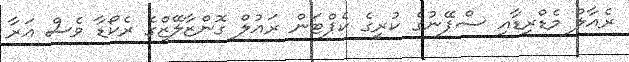
ރެއާލް މެޑްރިޑާއި ސްޕޭނުގެ ކުރީގެ ކެޕްޓަން ރައުލް ގޮންޒާލޭޒްގެ ރެކޯޑާ ވެސް އަރާ